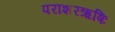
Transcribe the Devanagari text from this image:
पराशरऋषिः